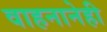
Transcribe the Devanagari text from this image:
वाहनानेही